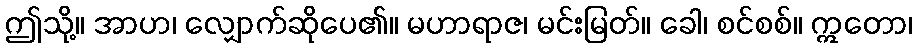
ဤသို့။ အာဟ၊ လျှောက်ဆိုပေ၏။ မဟာရာဇ၊ မင်းမြတ်။ ခေါ၊ စင်စစ်။ ဣတော၊